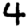
Digit: 4